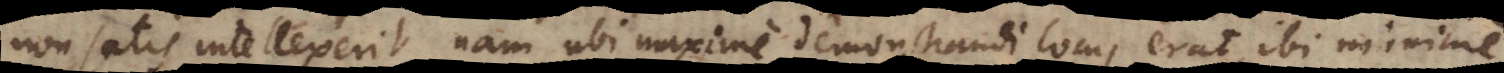
non satis intellexerit, nam ubi maxime demonstrandi locus erat, ibi minime